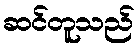
ဆင်တူသည်